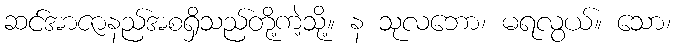
ဆင်အာဇာနည်အစရှိသည်တို့ကဲ့သို့။ န သုလဘော၊ မရလွယ်။ သော၊